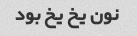
نون یخ یخ بود